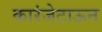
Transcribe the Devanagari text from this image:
कारंजेटाऊन